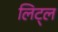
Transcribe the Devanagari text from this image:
लिट्‌ल